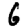
Digit: 6